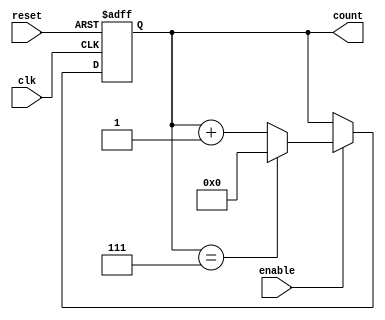
module ModuloN_Up_Counter (
    input wire clk,
    input wire reset,
    input wire enable,
    output reg [N-1:0] count
);

parameter N = 8; // The maximum count value

always @(posedge clk or posedge reset) begin
    if (reset) begin
        count <= 0;
    end else if (enable) begin
        if (count == N-1)
            count <= 0;
        else
            count <= count + 1;
    end
end

endmodule